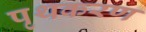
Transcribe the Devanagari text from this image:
पृथकरण